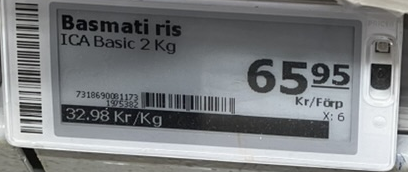
Vara: Basmati ris
Genomsnittspris: 32.98 per kg